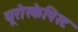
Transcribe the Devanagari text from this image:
यूरोस्केपिस्ट